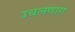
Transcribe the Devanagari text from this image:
उचलणारा